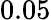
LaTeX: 0.05